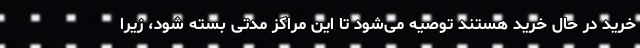
خرید در حال خرید هستند توصیه می‌شود تا این مراکز مدتی بسته شود، زیرا